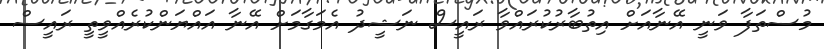
މުސްތަފާ ވަނީ އޭނާއަށް އިތުބާރުކުރައްވާ ރައީސް ނަޝީދު އެމަގާމަށް އޭނާ އައްޔަންކުރެއްވީތީ ރައީސް